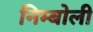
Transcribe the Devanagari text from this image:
निम्‍बोली